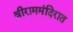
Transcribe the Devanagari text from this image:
श्रीराममंदिरात